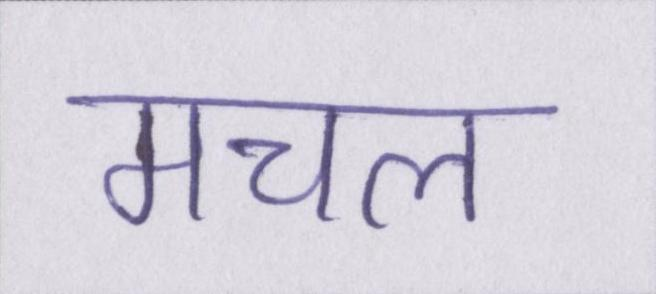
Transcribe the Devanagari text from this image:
मचल